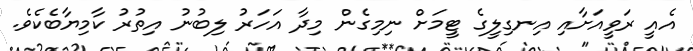
އެއީ ރަވީއަށާއި އިނގިލީގެ ޓީމަށް ނިމިގެން މިދާ އަހަރު ލިބުނު އިތުރު ކާމިޔާބެކެވެ.